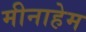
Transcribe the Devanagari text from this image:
मीनाहेम